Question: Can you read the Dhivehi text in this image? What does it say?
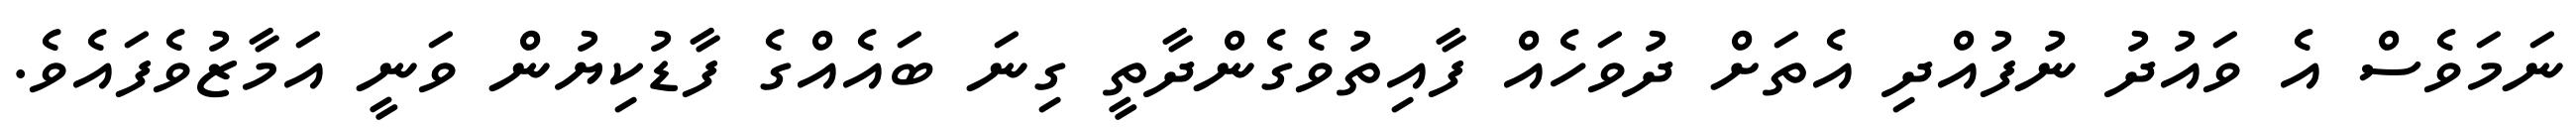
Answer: ނަމަވެސް އެ ވައުދު ނުފުއްދި އެތަށް ދުވަހެއް ފާއިތުވެގެންދާތީ ގިނަ ބައެއްގެ ފާޑުކިޔުން ވަނީ އަމާޒުވެފައެވެ.